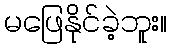
မဖြေနိုင်ခဲ့ဘူး။